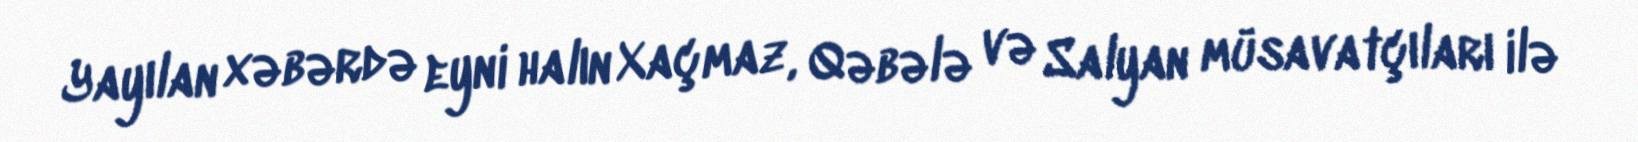
Yayılan xəbərdə eyni halın Xaçmaz, Qəbələ və Salyan müsavatçıları ilə